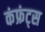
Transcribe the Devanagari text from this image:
कंफ्रंट्स